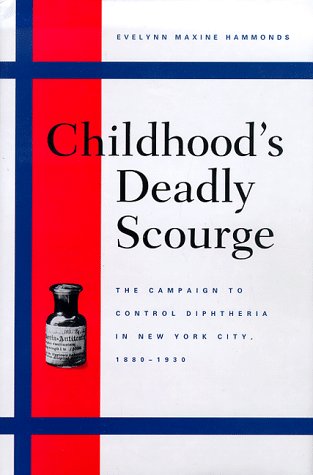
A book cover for Childhood's Deadly Scourge: The Campaign to Control Diphtheria in New York City, 1880-1930; Professor Evelynn Maxine Hammonds; Medical Books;